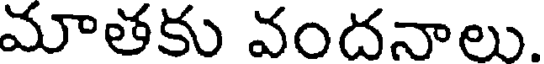
మాతకు వందనాలు.